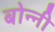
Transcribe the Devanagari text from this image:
बोन्‍नी